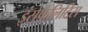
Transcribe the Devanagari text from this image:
इंसेफैलिटिस